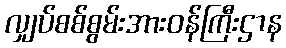
လျှပ်စစ်စွမ်းအားဝန်ကြီးဌာန